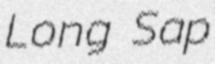
Long Sap